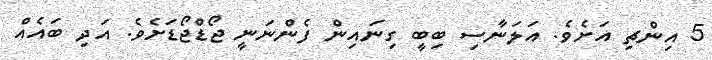
5 އިންޗި އަށެވެ. އަލަނާސި ބިބީ ގިނައިން ފެންނަނީ ޖޯޑްޖޯޑަށެވެ. އަދި ބައެއް